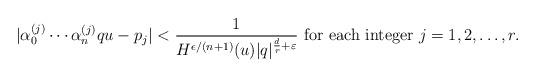
LaTeX: \begin{align*}|\alpha^{(j)}_0\cdots\alpha^{(j)}_n q u-p_j|<\frac{1}{H^{\epsilon/(n+1)}(u)|q|^{\frac{d}{r}+\varepsilon}} \mbox{ for each integer } j = 1, 2, \ldots, r. \end{align*}